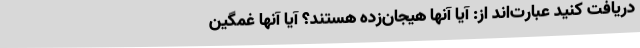
دریافت کنید عبارت‌اند از: آیا آنها هیجان‌زده هستند؟ آیا آنها غمگین